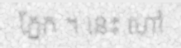
ភ្នែក ។ នេះ ហៅ